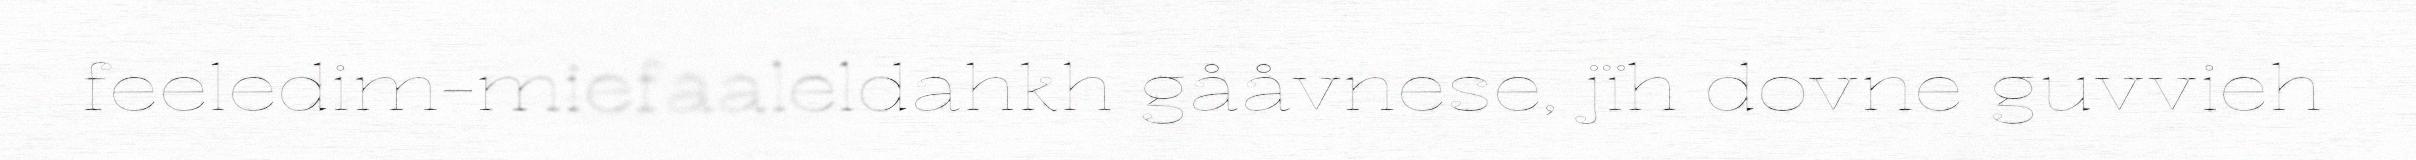
feeledim-miefaaleldahkh gååvnese, jïh dovne guvvieh